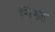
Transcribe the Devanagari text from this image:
गिग्ज़